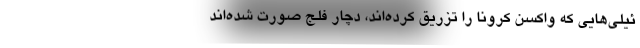
ئیلی‌هایی که واکسن کرونا را تزریق کرده‌اند، دچار فلج صورت شده‌اند